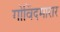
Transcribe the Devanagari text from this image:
गोविंदमारार